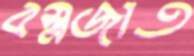
বস্ত্রজাত